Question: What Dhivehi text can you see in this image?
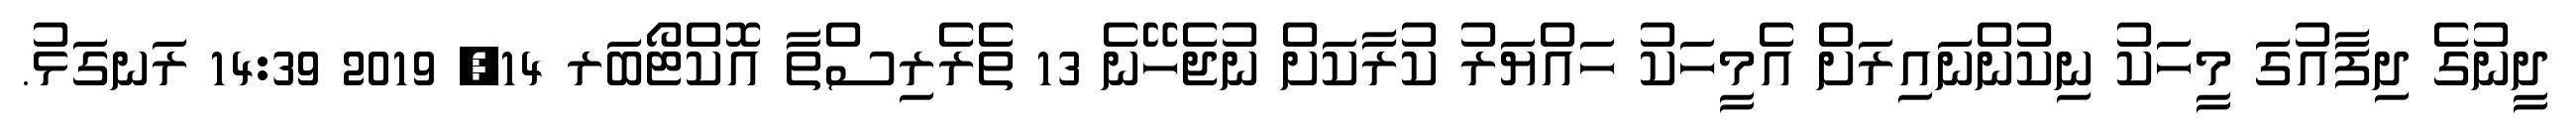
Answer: ދީނުގެ ދިފާއުގަ މީހަކު ނިކުންނައިރަށް އެމީހަކު ހައްޔަރު ކުރާކަށް ނުޖެހޭނެ 13 ތެރެރިސްތާ އޮކްޓޯބަރ 14, 2019 14:39 ރަނގަޅު.